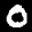
Label: 0